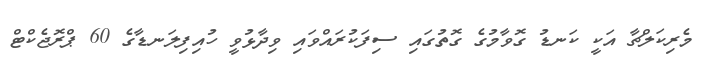
މެރިކަލްޗާ އަކީ ކަނޑު ގޮވާމުގެ ގޮތުގައި ސިފަކުރައްވައި ވިދާޅުވީ ހުއިފިލަނޑާގެ 60 ޕްރޮޖެކްޓް